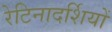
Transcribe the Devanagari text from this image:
रेटिनादर्शियों